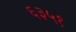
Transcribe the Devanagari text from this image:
६३५१